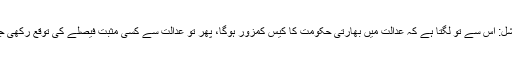
فرائیڈے اسپیشل: اس سے تو لگتا ہے کہ عدالت میں بھارتی حکومت کا کیس کمزور ہوگا، پھر تو عدالت سے کسی مثبت فیصلے کی توقع رکھی جا سکتی ہے؟